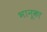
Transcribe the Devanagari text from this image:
भानूका